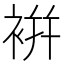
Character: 𧚭